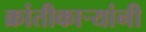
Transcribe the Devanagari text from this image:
क्रांतीकाऱ्यांनी